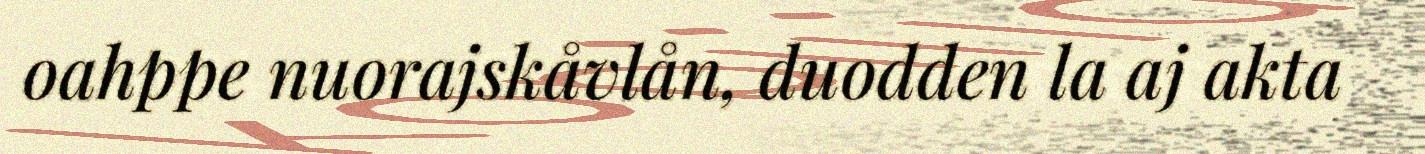
oahppe nuorajskåvlån, duodden la aj akta